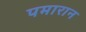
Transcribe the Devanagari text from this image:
पमारान